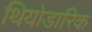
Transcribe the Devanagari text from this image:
थियोडारिक